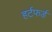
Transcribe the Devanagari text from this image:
हर्टफर्ड